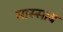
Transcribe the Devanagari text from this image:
मास्साब